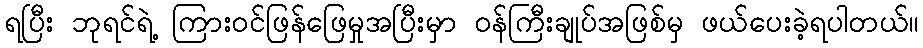
ရပြီး ဘုရင်ရဲ့ ကြားဝင်ဖြန်ဖြေမှုအပြီးမှာ ဝန်ကြီးချုပ်အဖြစ်မှ ဖယ်ပေးခဲ့ရပါတယ်။